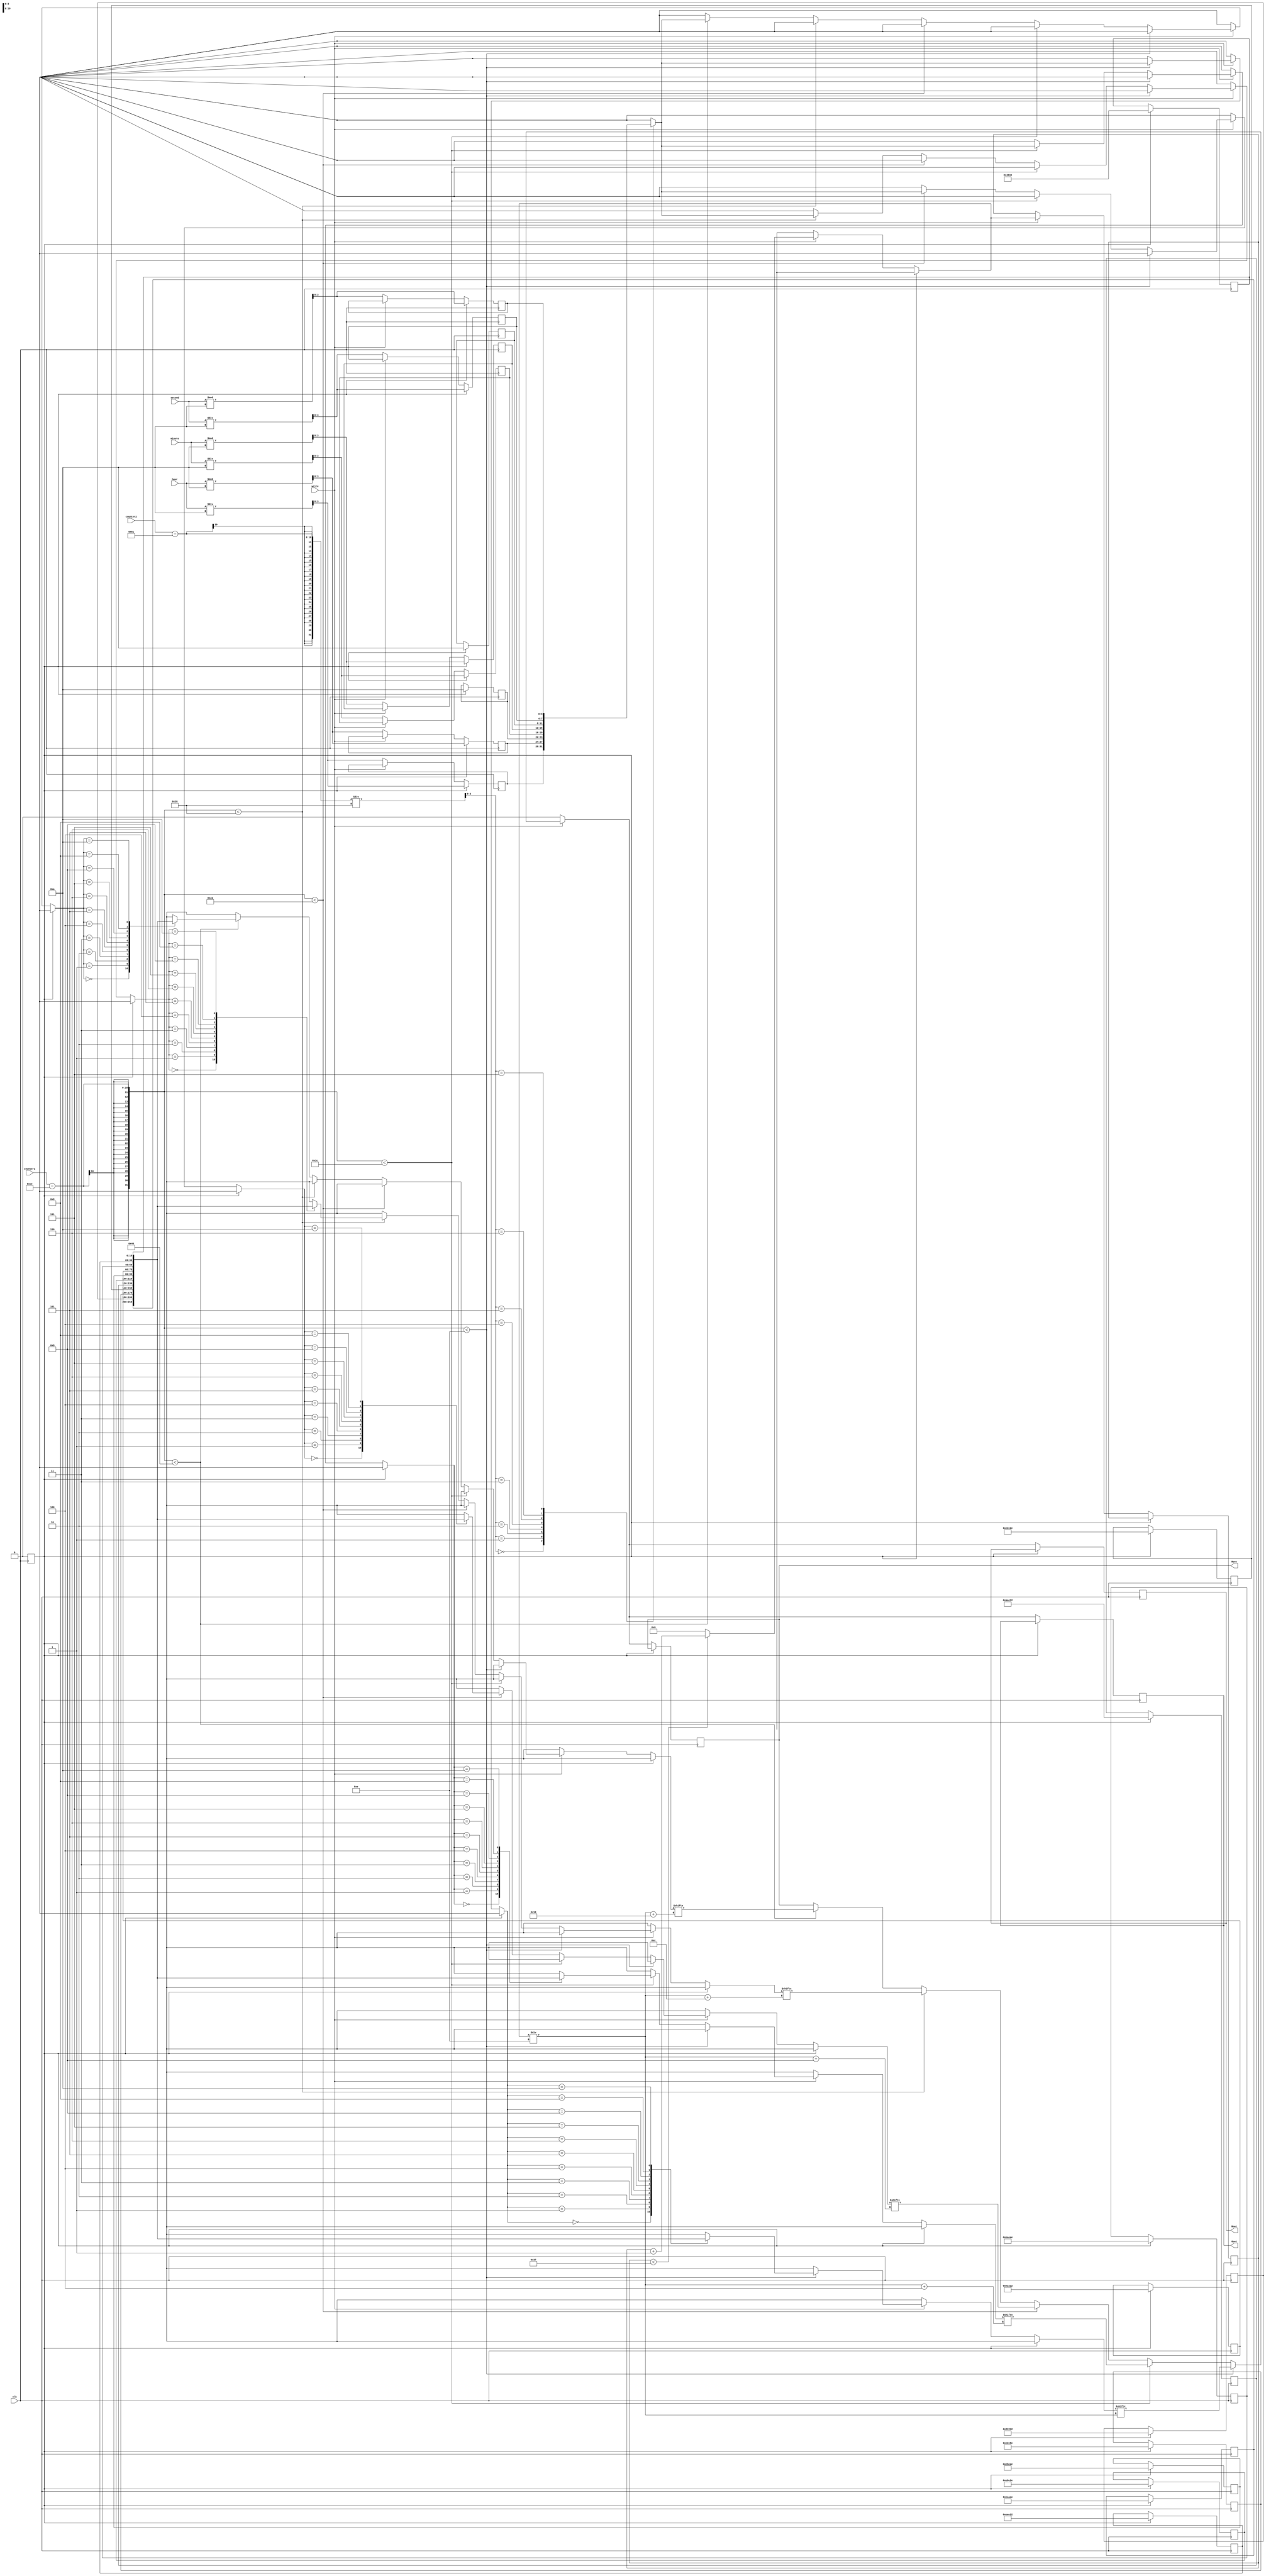
module RGB_controller (clk, write, counter1, counter2, second, minute, hour, Rout, Gout, Bout);
//this module takes the numeber from the cronometer, and send it to the VGA input
	input clk, write;
	input [9:0] counter1, counter2; //counter1 is the vertical counter, counter2 is the horizontal counter
	input [5:0] second, minute;
	input [7:0] hour;
	output reg Rout, Gout,Bout;
	
	
	
	
	parameter bit_width = 4; //width of each number
	parameter bit_height = 5; //height of each number
	parameter pixel_repeat = 14; //times that each pixel will be repeated
	parameter vertical_write = 206; //first vertical pixel where the cronometer is displayed
	parameter horizontal_write = 97; //first horizontal pixel where the cronometer is displayed
	
	reg only = 1;
	reg [0:19] digits [0:10]; //array where all the decimal characters are saved
	reg [3:0] number_to_write [7:0]; //number to be written [hour,hour,'colon',minute,minute,'colon',second,second]
	reg [10:0] number_counter = 0; //counter that is used to count the horizontal position of a single number
	
	
	always @(posedge clk) begin
		if (only == 1) begin
			only = 0;		
			digits[0] = 20'b11101010101010101110;// number 0
			digits[1] = 20'b00100010001000100010;// number 1
			digits[2] = 20'b11100010111010001110;// number 2																1110
			digits[3] = 20'b11100010111000101110;// number 3				for example, the number 0 is			1010	the 0s from the end are there to leave a space betwee
			digits[4] = 20'b10101010111000100010;// number 4																1010
			digits[5] = 20'b11101000111000101110;// number 5																1010
			digits[6] = 20'b11101000111010101110;// number 6																1110
			digits[7] = 20'b11100010001000100010;// number 7
			digits[8] = 20'b11101010111010101110;// number 8
			digits[9] = 20'b11101010111000100010;// number 9
			digits[10] = 20'b00000100000001000000;// colon
			
			number_to_write [0] = hour/10;
			number_to_write [1] = hour%10;
			number_to_write [2] = 10;
			number_to_write [3] = minute/10;
			number_to_write [4] = minute%10;
			number_to_write [5] = 10;
			number_to_write [6] = second/10;
			number_to_write [7] = second%10;
			
			
		end
		else begin
			if (write == 1) begin //if i am in the write part
				if (number_counter < (pixel_repeat*bit_width)-1)
					number_counter = number_counter+1;
				else
					number_counter = 0;
				if ((counter1-vertical_write) < pixel_repeat) //first vertical part of the number
					Rout = digits[number_to_write[(counter2-horizontal_write)/(bit_width*pixel_repeat)]][((number_counter)/pixel_repeat)];
				else if ((counter1-vertical_write) < pixel_repeat*2) //second vertical part of the number
					Rout = digits[number_to_write[(counter2-horizontal_write)/(bit_width*pixel_repeat)]][((number_counter)/pixel_repeat) + bit_width];
				else if ((counter1-vertical_write) < pixel_repeat*3) //third vertical part of the number
					Rout = digits[number_to_write[(counter2-horizontal_write)/(bit_width*pixel_repeat)]][((number_counter)/pixel_repeat) + 2*bit_width];
				else if ((counter1-vertical_write) < pixel_repeat*4) //fourth vertical part of the number
					Rout = digits[number_to_write[(counter2-horizontal_write)/(bit_width*pixel_repeat)]][((number_counter)/pixel_repeat) + 3*bit_width];
				else if ((counter1-vertical_write) < pixel_repeat*5) //fifth vertical part of the number
					Rout = digits[number_to_write[(counter2-horizontal_write)/(bit_width*pixel_repeat)]][((number_counter)/pixel_repeat) + 4*bit_width];
				Gout=Rout;
				Bout=Rout;
			end
			else begin //if i am not in the write part
				Rout = 0;
				Gout = 0;
				Bout = 0;
				
				number_to_write [0] = hour/10;
				number_to_write [1] = hour%10;

				number_to_write [3] = minute/10;
				number_to_write [4] = minute%10;

				number_to_write [6] = second/10;
				number_to_write [7] = second%10;
			end
			
		end
	end
endmodule